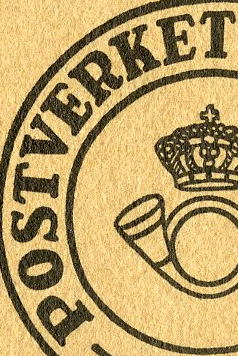
POSTVERKET